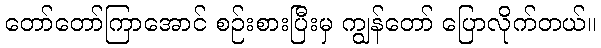
တော်တော်ကြာအောင် စဉ်းစားပြီးမှ ကျွန်တော် ပြောလိုက်တယ်။